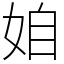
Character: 𡜍